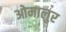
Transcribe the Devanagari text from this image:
ओमालुर